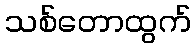
သစ်တောထွက်